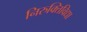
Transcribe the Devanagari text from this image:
निरुक्तिविद्या